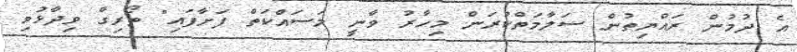
އެ ދުމުން ރައްޔިތުން ސަލާމަތްކުރަން މިހާރު ވާނީ މަސައްކަތް ފަށާފައި" ތޯރިގް ވިދާޅުވި